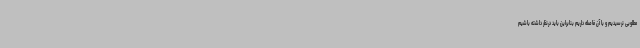
مطلوبی نرسیدیم و با آن فاصله داریم بنابراین باید درنظر داشته باشیم